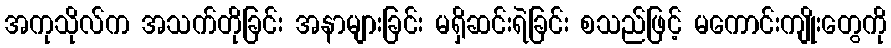
အကုသိုလ်က အသက်တိုခြင်း အနာများခြင်း မရှိဆင်းရဲခြင်း စသည်ဖြင့် မကောင်းကျိုးတွေကို